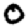
Digit: 0